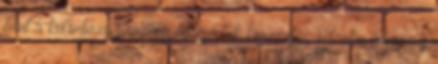
mint a különböző progresszí­v csodák koncertjei. Blackie hangja is